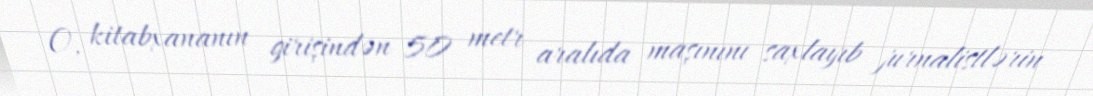
O, kitabxananın girişindən 50 metr aralıda maşınını saxlayıb jurnalistlərin